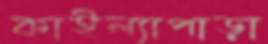
কাইল্যাপাড়া